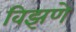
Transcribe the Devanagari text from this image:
विझणे